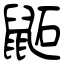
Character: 鼫